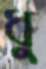
ধু